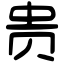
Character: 贵